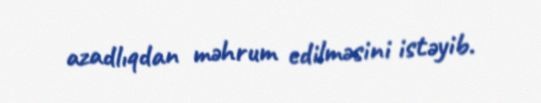
azadlıqdan məhrum edilməsini istəyib.